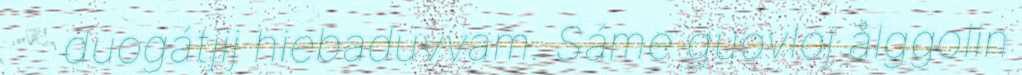
duogátjij hiebaduvvam. Sáme guovloj ålggolin